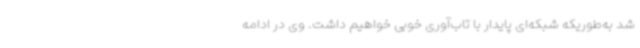
شد به‌طوریکه شبکه‌ای پایدار با تاب‌آوری خوبی خواهیم داشت. وی در ادامه